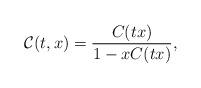
LaTeX: \begin{align*} \mathcal{C}(t,x)= \frac{C(tx)}{1-xC(tx)}, \end{align*}